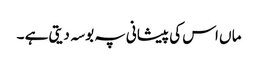
ما ں اس کی پیشانی پہ بوسہ دیتی ہے ۔